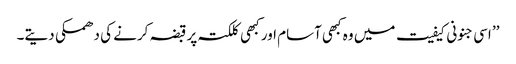
’’ اسی جنونی کیفیت میں وہ کبھی آسام اور کبھی کلکتہ پر قبضہ کرنے کی دھمکی دیتے۔